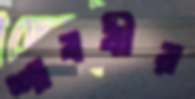
শাববীর